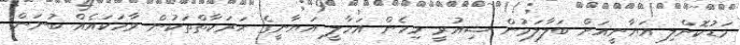
މަޑުކޮށްލި އަޔާނީއަށް ބަލާލަމުން ޝިއުރީ މިހެން އަހާލީ އަޔާނީގެ ޙަރަކާތްތަކުން ވާހަކައެއް ބުނަން